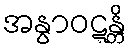
အနွာဝဋ္ဋန္တိ